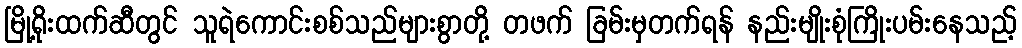
မြို့ရိုးထက်ဆီတွင် သူရဲကောင်းစစ်သည်များစွာတို့ တဖက် ခြမ်းမှတက်ရန် နည်းမျိုးစုံကြိုးပမ်းနေသည့်